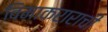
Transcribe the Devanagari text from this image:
विमाकराराची